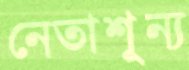
নেতাশূন্য